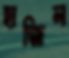
হাজিল